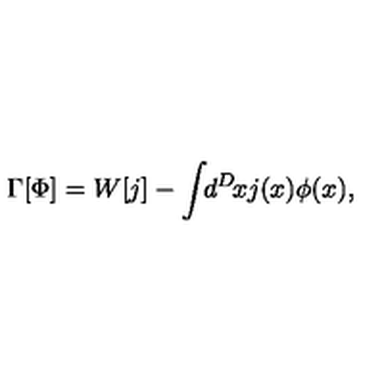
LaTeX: \Gamma [ \Phi ] = W [ j ] - \int \! \! d ^ { D } \! x j ( x ) \phi ( x ) ,